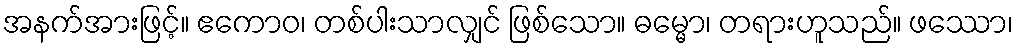
အနက်အားဖြင့်။ ဧကောဝ၊ တစ်ပါးသာလျှင် ဖြစ်သော။ ဓမ္မော၊ တရားဟူသည်။ ဖဿော၊